Leaving Certificate Examination (including Day School Certificate (Higher) General paper), 1932
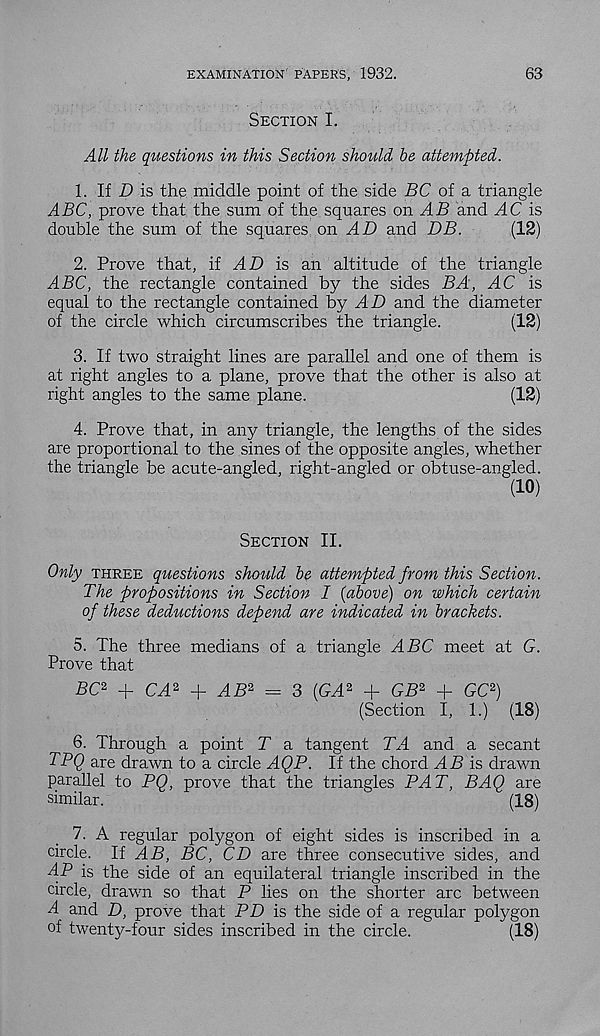
EXAMINATION PAPERS, 1932.
63
Section I.
All the questions in this Section should be attempted.
1. If D is the middle point of the side SC of a triangle
ABC, prove that the sum of the squares on AB and AC is
double the sum of the squares on AD and DB.
(12)
2. Prove that, if AD is an altitude of the triangle
ABC, the rectangle contained by the sides BA, AC is
equal to the rectangle contained by AD and the diameter
of the circle which circumscribes the triangle.
(12)
3. If two straight lines are parallel and one of them is
at right angles to a plane, prove that the other is also at
right angles to the same plane.
(12)
4. Prove that, in any triangle, the lengths of the sides
are proportional to the sines of the opposite angles, whether
the triangle be acute-angled, right-angled or obtuse-angled.
(10)
Section II.
Only three questions should be attempted from this Section.
The propositions in Section I (above) on which certain
of these deductions depend are indicated in brackets.
5. The three medians of a triangle ABC meet at G.
Prove that
PC 2 + CA* + AB* = 3 (GA* + GB 2 + GC 2 )
(Section I, 1.) (18)
6. Through a point T a tangent TA and a secant
TPQ are drawn to a circle AQP. If the chord .45 is drawn
parallel to PQ, prove that the triangles PAT, BAQ are
similar.
(18)
7. A regular polygon of eight sides is inscribed in a
circle. If AB, BC, CD are three consecutive sides, and
TP is the side of an equilateral triangle inscribed in the
circle, drawn so that P lies on the shorter arc between
A and D, prove that PD is the side of a regular polygon
of twenty-four sides inscribed in the circle.
(18)